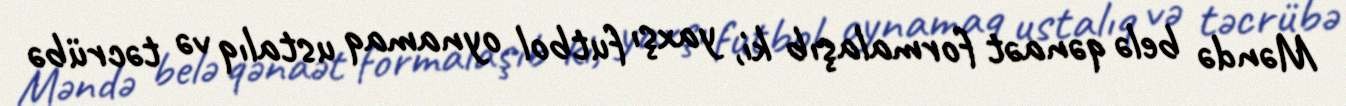
Məndə belə qənaət formalaşıb ki, yaxşı futbol oynamaq ustalıq və təcrübə